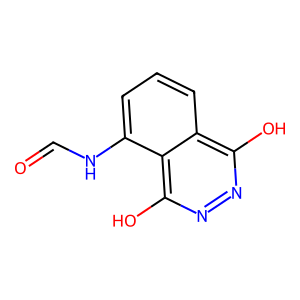
SMILES: O=CNc1cccc2c(O)nnc(O)c12
Inhibits HIV replication: No